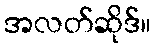
အလတ်ဆိုဒ်။